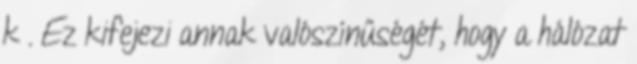
k . Ez kifejezi annak valószínűségét, hogy a hálózat